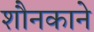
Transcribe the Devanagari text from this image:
शौनकाने